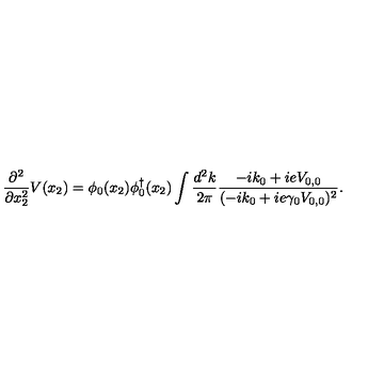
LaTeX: \frac { \partial ^ { 2 } } { \partial x _ { 2 } ^ { 2 } } V ( x _ { 2 } ) = \phi _ { 0 } ( x _ { 2 } ) \phi _ { 0 } ^ { \dagger } ( x _ { 2 } ) \int \frac { d ^ { 2 } k } { 2 \pi } \frac { - i k _ { 0 } + i e V _ { 0 , 0 } } { ( - i k _ { 0 } + i e \gamma _ { 0 } V _ { 0 , 0 } ) ^ { 2 } } .